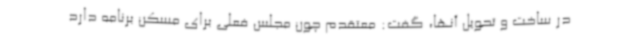
در ساخت و تحویل آنها، گفت: معتقدم چون مجلس فعلی برای مسکن برنامه دارد